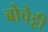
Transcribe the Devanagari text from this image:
बोचेट्टी